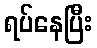
ရပ်နေပြီး